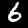
Label: 6